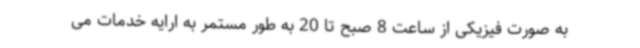
به صورت فیزیکی از ساعت 8 صبح تا 20 به طور مستمر به ارایه خدمات می